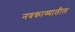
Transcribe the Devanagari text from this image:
नवकाव्यातील